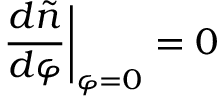
\left. \frac { d \tilde { n } } { d \varphi } \right| _ { \varphi = 0 } = 0